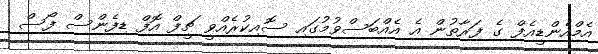
އެމްއެންޑީއެފް ގެ ފަރާތުން އެ އެއްބަސްވުމުގައި ސޮއިކުރެއްވީ ޗީފް އޮފް ޑިފެންސް ފޯސް